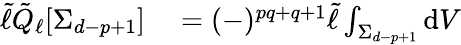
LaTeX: \begin{array}{rl}{\tilde{\ell}\tilde{Q}_{\ell}[\Sigma_{d-p+1}]}&{{}=(-)^{pq+q+1}\tilde{\ell}\int_{\Sigma_{d-p+1}}\mathrm{d}V}\end{array}